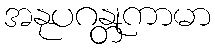
အနုပဂန္တုကာမာ